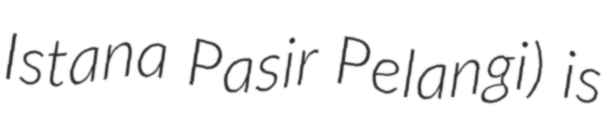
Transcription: Istana Pasir Pelangi) is